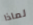
لماذا